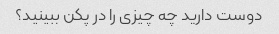
دوست دارید چه چیزی را در پکن ببینید؟